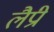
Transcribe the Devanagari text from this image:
लैप्री